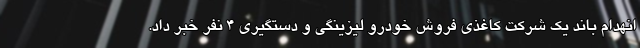
انهدام باند یک شرکت کاغذی فروش خودرو لیزینگی و دستگیری ۴ نفر خبر داد.